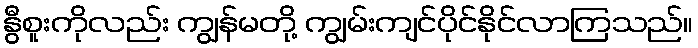
နွီစူးကိုလည်း ကျွန်မတို့ ကျွမ်းကျင်ပိုင်နိုင်လာကြသည်။